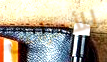
للأمراض